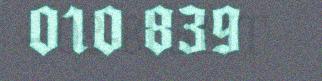
010 839